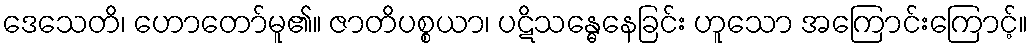
ဒေသေတိ၊ ဟောတော်မူ၏။ ဇာတိပစ္စယာ၊ ပဋိသန္ဓေနေခြင်း ဟူသော အကြောင်းကြောင့်။